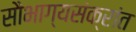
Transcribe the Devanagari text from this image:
सौभाग्यसंक्रांत